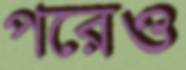
পরেও